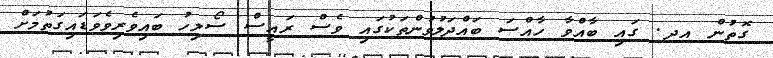
ގޮތުން އދ. ގައި ބާއްވާ ހާއްސަ ބައްދަލުވުންތަކުގައި ވެސް ރައީސް ސޯލިހު ބައިވެރިވެވަޑައިގަތުމަށް